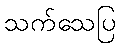
သက်သေပြ